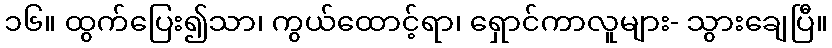
၁၆။ ထွက်ပြေး၍သာ၊ ကွယ်ထောင့်ရာ၊ ရှောင်ကာလူများ- သွားချေပြီ။